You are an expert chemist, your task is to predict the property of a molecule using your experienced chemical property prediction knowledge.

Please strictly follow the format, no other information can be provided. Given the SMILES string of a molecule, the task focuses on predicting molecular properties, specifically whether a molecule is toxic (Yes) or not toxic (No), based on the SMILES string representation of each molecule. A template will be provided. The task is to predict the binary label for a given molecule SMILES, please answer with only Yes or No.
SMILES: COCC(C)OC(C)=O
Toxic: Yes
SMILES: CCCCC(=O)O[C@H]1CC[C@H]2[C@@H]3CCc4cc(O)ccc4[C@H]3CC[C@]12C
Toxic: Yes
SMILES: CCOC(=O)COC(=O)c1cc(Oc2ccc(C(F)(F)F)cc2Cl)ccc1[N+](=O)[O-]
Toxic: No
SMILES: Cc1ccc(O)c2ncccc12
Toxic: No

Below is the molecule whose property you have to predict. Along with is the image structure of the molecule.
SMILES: CCCCCCC(C)(C)S
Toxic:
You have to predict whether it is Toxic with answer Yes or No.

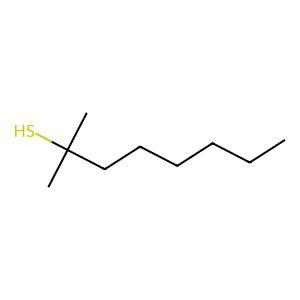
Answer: No